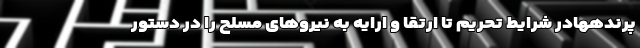
پرندههادر شرایط تحریم تا ارتقا و ارایه به نیروهای مسلح را در دستور